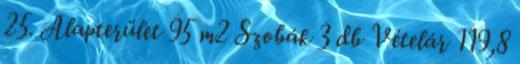
25. Alapterület 95 m2 Szobák 3 db Vételár 119,8